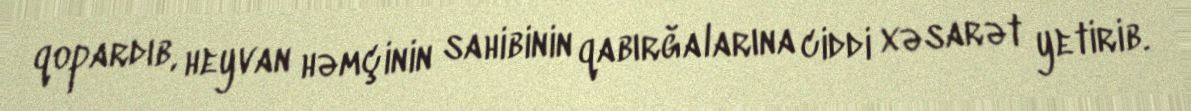
qopardıb, heyvan həmçinin sahibinin qabırğalarına ciddi xəsarət yetirib.